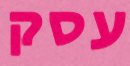
עסק